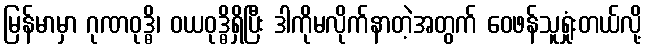
မြန်မာမှာ ဂုဏဝုဒ္ဓိ၊ ဝယဝုဒ္ဓိရှိပြီး ဒါကိုမလိုက်နာတဲ့အတွက် ဝေဖန်သူရှုံးတယ်လို့